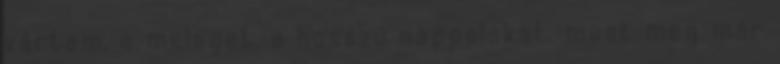
vártam, a meleget, a hosszú nappalokat. most meg már